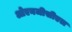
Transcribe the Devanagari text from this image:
ओएनजीसीएल